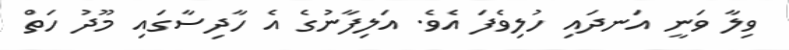
ވިލާ ވަނީ އަނދައި ހުލިވެފަ އެވެ. އަލިފާނުގެ އެ ހާދިސާގައި މޫދު ހަތް